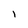
Character: I